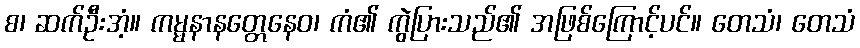
စ၊ ဆက်ဦးအံ့။ ကမ္မနာနတ္တေနေဝ၊ ကံ၏ ကွဲပြားသည်၏ အဖြစ်ကြောင့်ပင်။ တေသံ၊ တေသံ